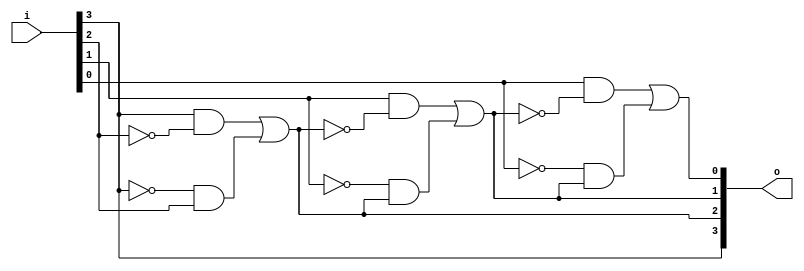
module rep12(i,o);
	input [3:0]i;
	output [3:0]o;
	assign o[3] = i[3];
	assign o[2] = o[3]&~i[2] | ~o[3]&i[2];
	assign o[1] = i[1]&~o[2] | ~i[1]&o[2];
	assign o[0] = i[0]&~o[1] | ~i[0]&o[1];
endmodule